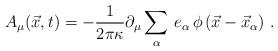
\begin{align*}A_{\mu}(\vec{x},t) = - {1 \over 2\pi \kappa}\partial_{\mu} \sum\limits_{\alpha} \, e_{\alpha}\, \phi \left(\vec{x} - \vec{x}_{\alpha}\right) \, .\end{align*}